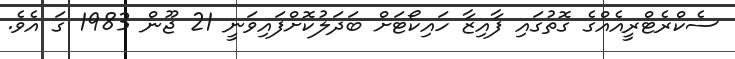
ސެކްރެޓްރީއެއްގެ ގޮތުގައި ފާއިޒާ ހައިކޯޓަށް ބަދަލުކޮށްފައިވަނީ 21 ޖޫން 1983 ގަ އެވެ.